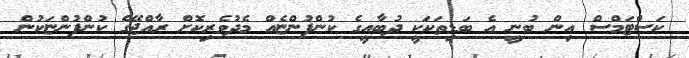
ކަސްޓަމްސް އިން ބުނީ އެ ބަޑިތަކަކީ ދުބާއީގެ ކުންފުންޏެއް މެދުވެރިކޮށް ރާއްޖޭގެ ކުންފުންޏަކުން